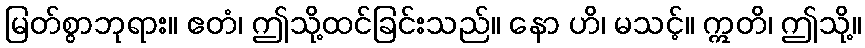
မြတ်စွာဘုရား။ ဧတံ၊ ဤသို့ထင်ခြင်းသည်။ နော ဟိ၊ မသင့်။ ဣတိ၊ ဤသို့။